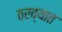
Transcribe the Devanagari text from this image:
ठरव्यात